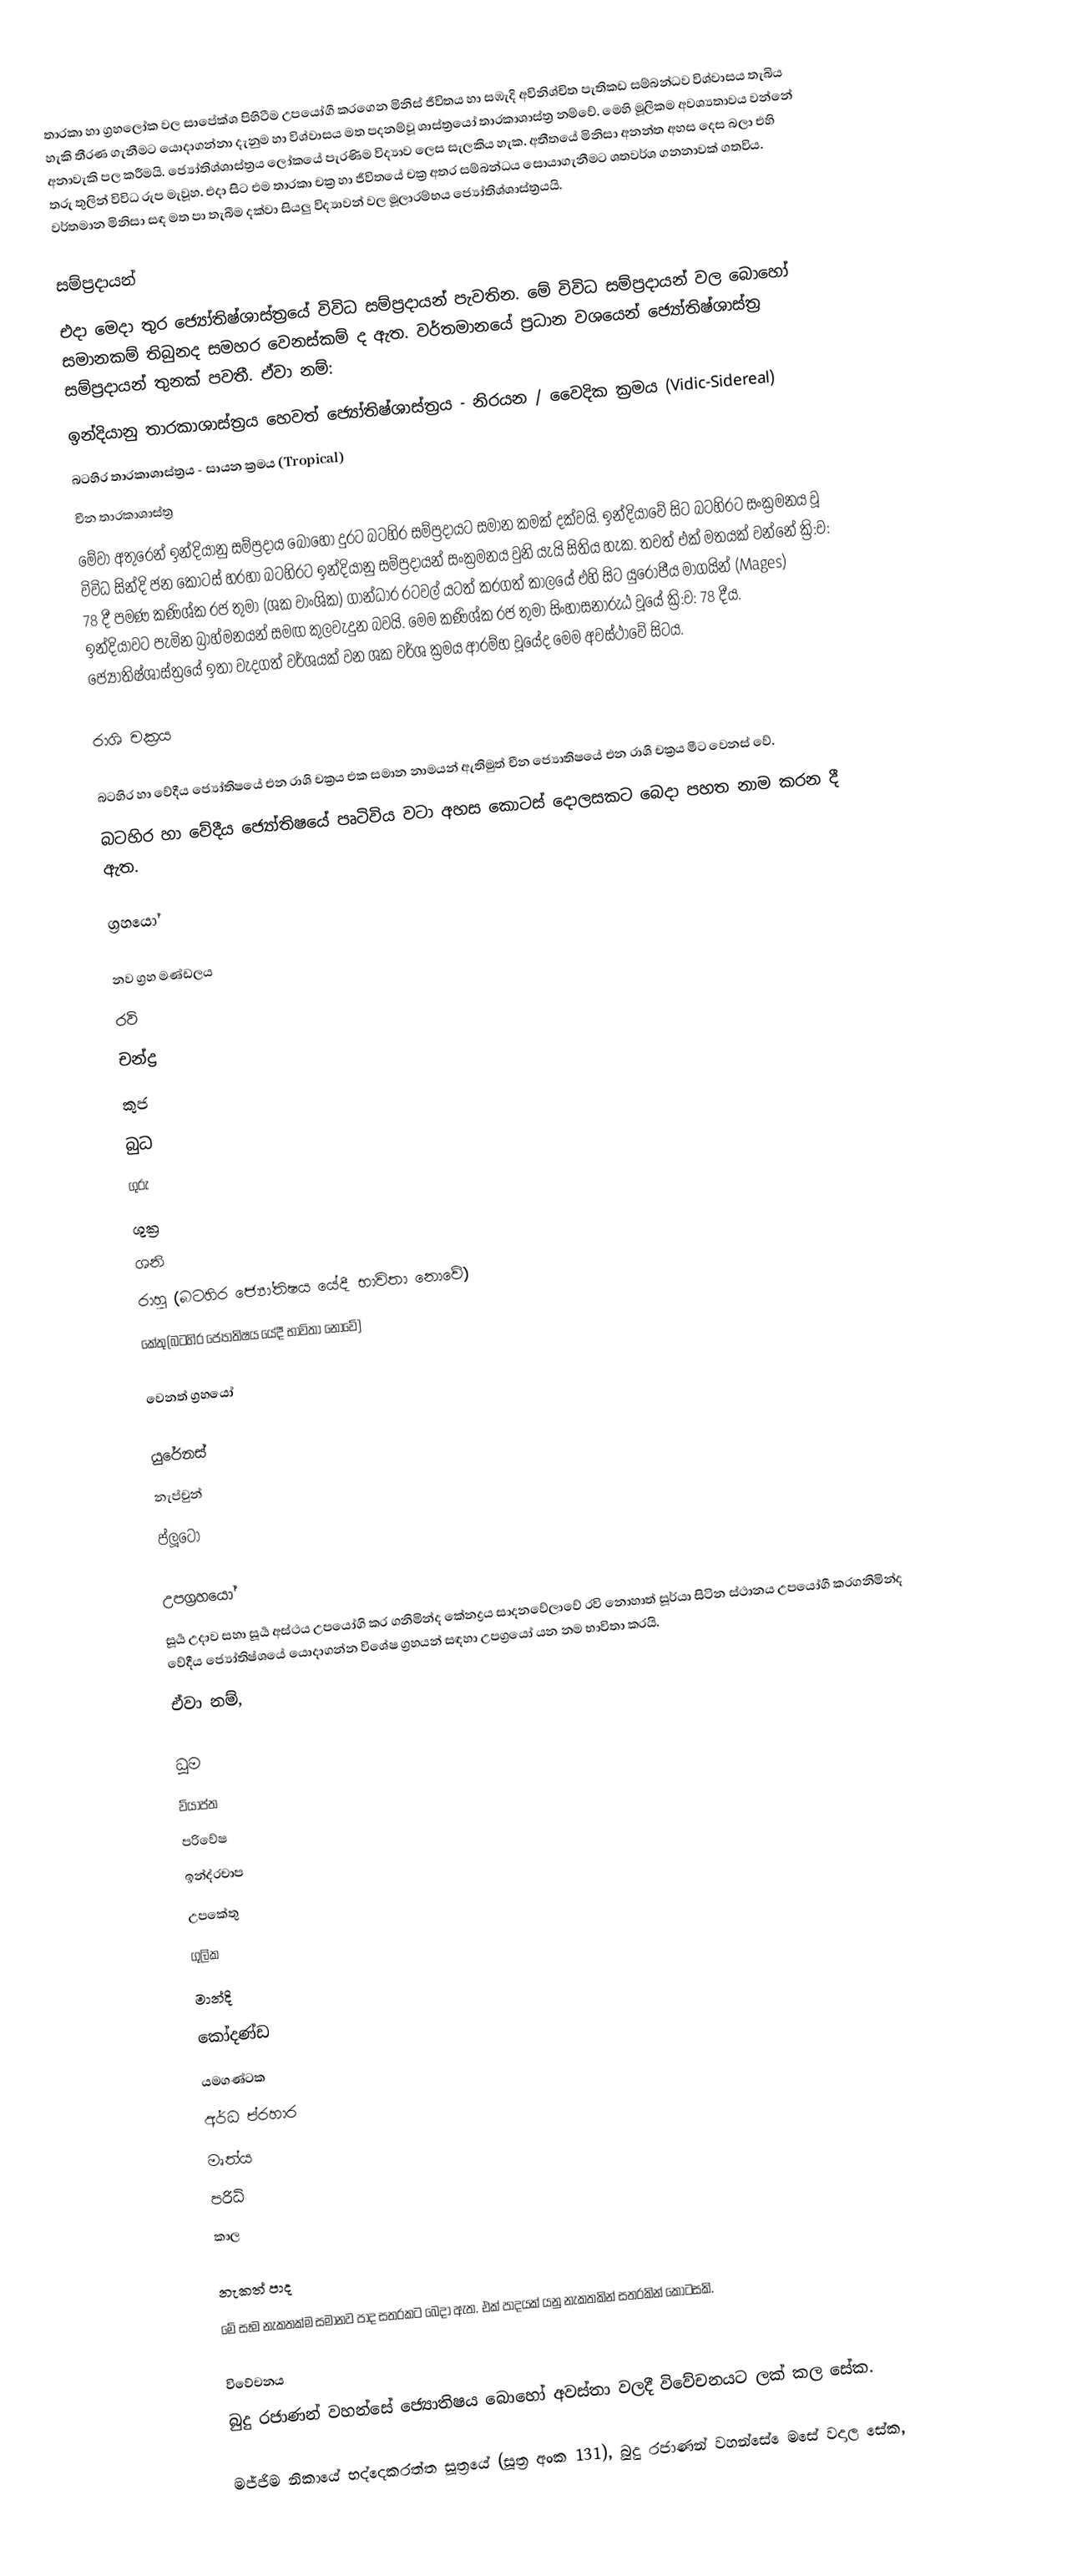
තාරකා හා ග්‍රහලෝක වල සාපේක්ශ පිහිටීම උපයෝගී කරගෙන මිනිස් ජීවිතය හා සඹැදි අවිනිශ්චිත පැතිකඩ සම්බන්ධව විශ්වාසය තැබිය හැකි තීරණ ගැනීමට යොදාගන්නා දැනුම හා විශ්වාසය මත පදනම්වූ ශාස්ත්‍රයෝ තාරකාශාස්ත්‍ර නම්වේ. මෙහි මූලිකම අවශ්‍යතාවය වන්නේ අනාවැකි පල කරීමයි. ජ්‍යෝතිශ්ශාස්ත්‍රය ලෝකයේ පැරණිම විද්‍යාව ලෙස සැලකිය හැක. අතීතයේ මිනිසා අනන්ත අහස දෙස බලා එහි තරු තුලින් විවිධ රුප මැවූහ. එදා සිට එම තාරකා චක්‍ර හා ජීවිතයේ චක්‍ර අතර සම්බන්ධය සොයාගැනීමට ශතවර්ශ ගනනාවක් ගතවිය. වර්තමාන මිනිසා සඳ මත පා තැබීම දක්වා සියලු විද්‍යාවන් වල මූලාරම්භය ජ්‍යෝතිශ්ශාස්ත්‍රයයි.

සම්ප්‍රදායන්
එදා මෙදා තුර ජ්‍යෝතිෂ්ශාස්ත්‍රයේ විවිධ සම්ප්‍රදායන් පැවතින. මේ විවිධ සම්ප්‍රදායන් වල බොහෝ සමානකම් තිබුනද සමහර වෙනස්කම් ද ඇත. වර්තමානයේ ප්‍රධාන වශයෙන් ජ්‍යෝතිෂ්ශාස්ත්‍ර සම්ප්‍රදායන් තුනක් පවතී. ඒවා නම්:
 ඉන්දියානු තාරකාශාස්ත්‍රය හෙවත් ජ්‍යෝතිෂ්ශාස්ත්‍රය - නිරයන / වෛදික ක්‍රමය (Vidic-Sidereal)
 බටහිර තාරකාශාස්ත්‍රය - සායන ක්‍රමය (Tropical)
 චීන තාරකාශාස්ත්‍ර
මේවා අතුරෙන් ඉන්දියානු සම්ප්‍රදාය බොහෝ දුරට බටහිර සම්ප්‍රදායට සමාන කමක් දක්වයි. ඉන්දියාවේ සිට බටහිරට සංක්‍රමනය වූ විවිධ සින්දි ජන කොටස් හරහා බටහිරට ඉන්දියානු සම්ප්‍රදායන් සංක්‍රමනය වුනි යැයි සිතිය හැක. තවත් එක් මතයක් වන්නේ ක්‍රි:ව: 78 දී පමණ කණිශ්ක රජ තුමා (ශක වාංශික) ගාන්ධාර රටවල් යටත් කරගත් කාලයේ එහි සිට යුරෝපීය මාගයින් (Mages) ඉන්දියාවට පැමින බ්‍රාහ්මනයන් සමඟ කුලවැදුන බවයි. මෙම කණිශ්ක රජ තුමා සිංහාසනාරුඨ වූයේ ක්‍රි:ව: 78 දීය. ජ්‍යෝතිෂ්ශාස්ත්‍රයේ ඉතා වැදගත් වර්ශයක් වන ශක වර්ශ ක්‍රමය ආරම්භ වූයේද මෙම අවස්ථාවේ සිටය.

රාශි චක්‍රය

බටහිර හා වේදීය ජ්‍යෝතිෂයේ එන රාශි චක්‍රය එක සමාන නාමයන් ඇතිමුත් ‍චීන ජ්‍යොතිෂයේ එන රාශි චක්‍රය මීට වෙනස් වේ.
බටහිර හා වේදීය ජ්‍යෝතිෂයේ පෘටිවිය වටා අහස කොටස් දොලසකට බෙදා පහත නාම කරන දී ඇත.

ග්‍රහයෝ

නව ග්‍රහ මණ්ඩලය
රවි
චන්ද්‍ර
කුජ
බුධ
ගුරු
ශුක්‍ර
ශනි
රාහු (‍බටහිර ජ්‍යෝතිෂය යේදී භාවිතා නොවේ)
කේතු(‍බටහිර ජ්‍යෝතිෂය යේදී භාවිතා නොවේ)

වෙනත් ග්‍රහයෝ

යුරේනස්
නැප්චුන්
ප්ලූටෝ

උපග්‍රහයෝ
සූර්‍ය උදාව සහා සූර්‍ය අස්ථය උපයෝගි කර ගනිමින්ද කේනද්‍රය සාදනවේලාවේ රවි නොහාත් සූර්යා සිටින ස්ථානය උපයෝගී කරගනිමින්ද වේදීය ජ්‍යෝතිෂ්ශයේ යොදාගන්න විශේෂ ග්‍රහයන් සඳහා උපග්‍රයෝ යන නම භාවිතා කරයි.
ඒවා නම්,

ධූම
ව්යාප්ත
පරිවේෂ
ඉන්ද්රචාප
උපකේතු
ගුලික
මාන්දි
කෝදණ්ඩ
යමගණ්ටක
අර්ධ ප්රහාර
මෘත්ය
පරිධි
කාල

නැකත් පාද
මේ සෑම නැකතක්ම සමානව පාද සතරකට බෙදා ඇත. එක් පාදයක් යනු නැකතකින් සතරකින් කොටසකි.

විවේචනය
බුදු රජාණන් වහන්සේ ජ්‍යොතිෂය බොහෝ අවස්තා වලදී විවේචනයට ලක් කල සේක.

මජ්ජිම නිකායේ භද්දෙකරත්ත සූත්‍රයේ (සූත්‍ර අංක 131), බුදු රජාණන් වහන්සේ ‍ෙමසේ වදාල සේක,